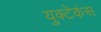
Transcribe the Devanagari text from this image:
युक्टेकंस